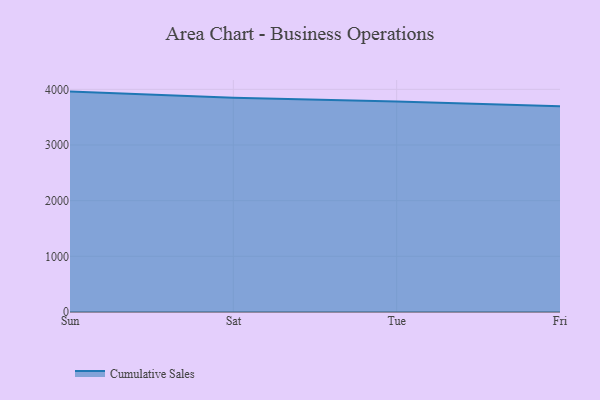
{"axis": {"x": "Day", "y": "Population (Million)"}, "legend": ["Cumulative Sales"], "data": [{"x": "Sun", "y": 3959.2, "type": "Cumulative Sales"}, {"x": "Sat", "y": 3846.8, "type": "Cumulative Sales"}, {"x": "Tue", "y": 3781.2, "type": "Cumulative Sales"}, {"x": "Fri", "y": 3697.1, "type": "Cumulative Sales"}]}